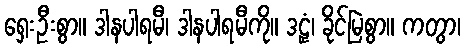
ရှေးဦးစွာ။ ဒါနပါရမီ၊ ဒါနပါရမီကို။ ဒဠှံ၊ ခိုင်မြဲစွာ။ ကတွာ၊